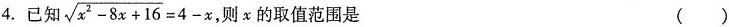
4.已知 $$\sqrt { x ^ { 2 } - 8 x + 1 6 } = 4 - x$$ ，则x的取值范围是 ()